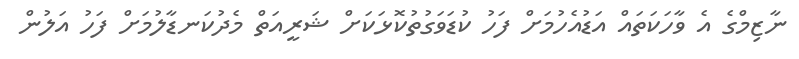
ނާޒިމްގެ އެ ވާހަކަތައް އަޑުއެހުމަށް ފަހު ކުޑަވަގުތުކޮޅަކަށް ޝަރީއަތް މެދުކަނޑާލުމަށް ފަހު އަލުން